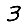
Digit: 3